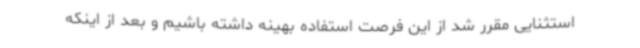
استثنایی مقرر شد از این فرصت استفاده بهینه داشته باشیم و بعد از اینکه